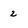
Character: 2